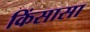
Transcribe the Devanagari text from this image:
किंसासा